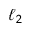
\ell _ { 2 }